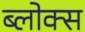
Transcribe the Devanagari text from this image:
ब्लोक्स